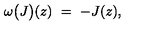
\omega \bigl ( J \bigr ) ( z ) \ = \ - J ( z ) ,